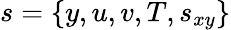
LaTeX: s=\{ y,u,v,T,s_{xy}\}